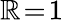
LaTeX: \mathbb{R}\! =\! 1